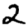
Digit: 2